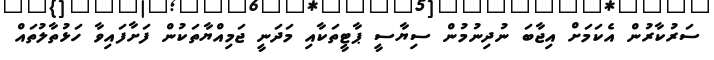
ސަރުކާރުން އެކަމަށް އިޖާބަ ނުދިނުމުން ސިޔާސީ ޕާޓީތަކާއި މަދަނީ ޖަމިއްޔާތަކުން ފަށާފައިވާ ހަޅުތާލުތައް